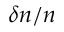
\delta n / n